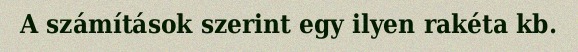
A számítások szerint egy ilyen rakéta kb.